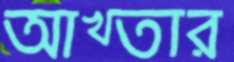
আখ্তার